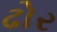
ઢોર